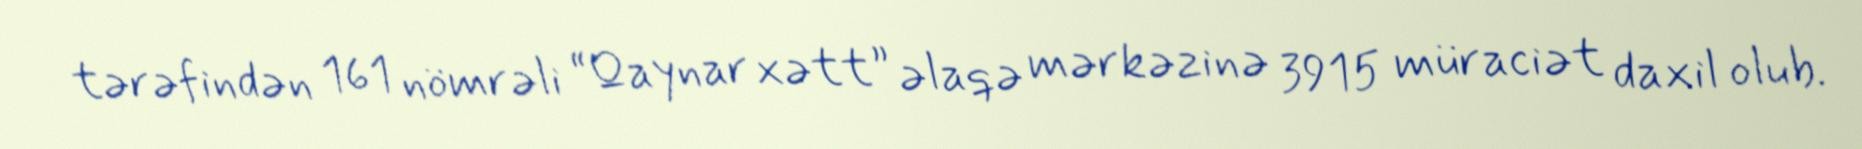
tərəfindən 161 nömrəli “Qaynar xətt” əlaqə mərkəzinə 3915 müraciət daxil olub.